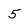
Character: 5